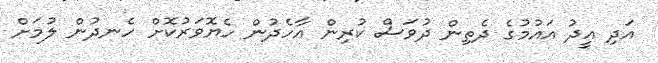
އަދި އީދު އައުމުގެ ދެތިން ދުވަސް ކުރިން އާހެދުން ހެޔޮވަރުކޮށް ހެނދުން ލުމަށް